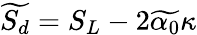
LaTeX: \widetilde{S_{d}}=S_{L}-2\widetilde{\alpha_{0}}\kappa